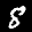
Label: 8